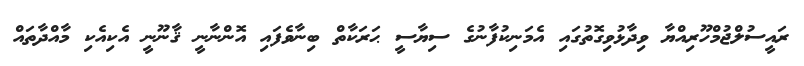
ރައީސުލްޖުމްހޫރިއްޔާ ވިދާޅުވިގޮތުގައި އެމަނިކުފާނުގެ ސިޔާސީ ޙަރަކާތް ބިނާވެފައި އޮންނާނީ ޤާނޫނީ އެކިއެކި މާއްދާތައް